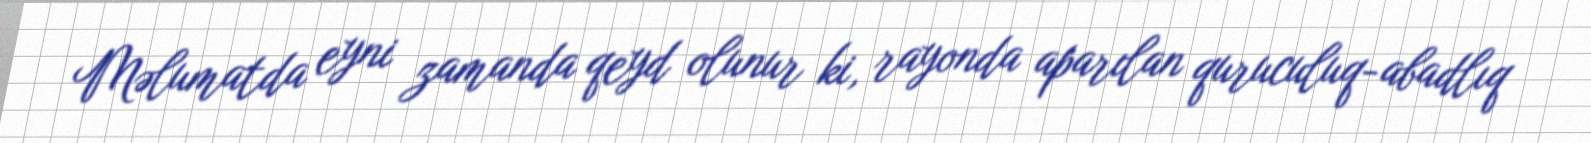
Məlumatda eyni zamanda qeyd olunur ki, rayonda aparılan quruculuq-abadlıq